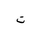
Letter: _ta